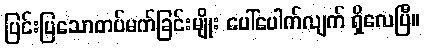
ပြင်းပြသောတပ်မက်ခြင်းမျိုး ပေါ်ပေါက်လျက် ရှိလေပြီ။